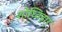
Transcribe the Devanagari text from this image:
शोध्विहार्